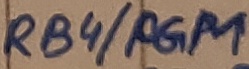
Text: RB4/PGM